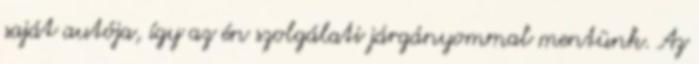
saját autója, így az én szolgálati járgányommal mentünk. Az